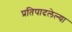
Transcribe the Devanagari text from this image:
प्रतिपादलेल्या